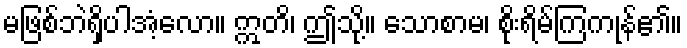
မဖြစ်ဘဲရှိပါအံ့လော။ ဣတိ၊ ဤသို့။ သောစာမ၊ စိုးရိမ်ကြကုန်၏။